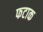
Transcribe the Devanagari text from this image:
फटाक